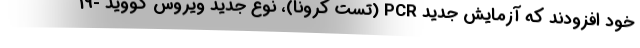
خود افزودند که آزمایش جدید PCR (تست کرونا)، نوع جدید ویروس کووید -19